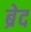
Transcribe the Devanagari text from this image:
ब्रेद